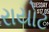
રાયોટ